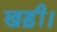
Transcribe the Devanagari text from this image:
खड़ी।